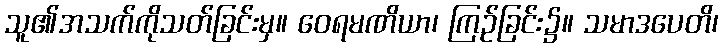
သူ၏အသက်ကိုသတ်ခြင်းမှ။ ဝေရမဏိယာ၊ ကြဉ်ခြင်း၌။ သမာဒပေတိ၊